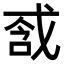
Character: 𢧆